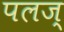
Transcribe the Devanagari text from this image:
पलज्